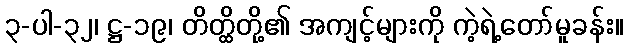
၃-ပါ-၃၂၊ ဋ္ဌ-၁၉၊ တိတ္ထိတို့၏ အကျင့်များကို ကဲ့ရဲ့တော်မူခန်း။